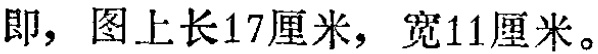
即，图上长17厘米，宽11厘米。